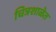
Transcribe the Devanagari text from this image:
चित्रशाळेत